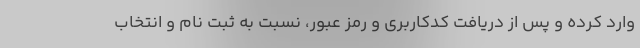
وارد کرده و پس از دریافت کدکاربری و رمز عبور، نسبت به ثبت نام و انتخاب